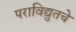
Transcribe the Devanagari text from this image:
पराविद्युतचे